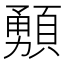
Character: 𩔘